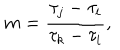
m = \frac { \tau _ { j } - \tau _ { i } } { \tau _ { k } - \tau _ { i } } ,